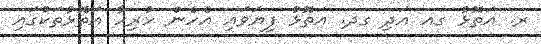
ރ. އަތޮޅު ގއ އަދި ގދ. އަތޮޅު ފިޔަވައި އެހެން ހުރިހާ އަތޮޅުތަކުގައި